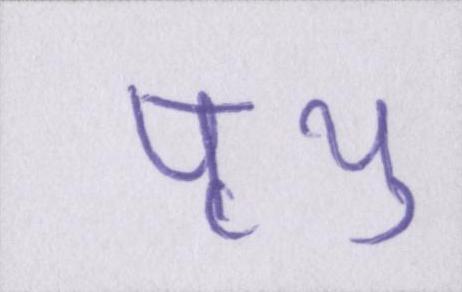
पृथु